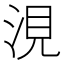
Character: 涀